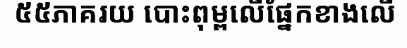
៥៥ភាគរយ បោះពុម្ពលើផ្នែកខាងលើ